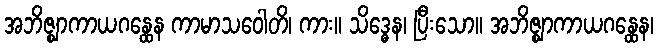
အဘိဇ္ဈာကာယဂန္ထေန ကာမာသဝေါတိ၊ ကား။ သိဒ္ဓေန၊ ပြီးသော။ အဘိဇ္ဈာကာယဂန္ထေန၊